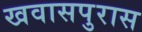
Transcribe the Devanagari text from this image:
खवासपुरास